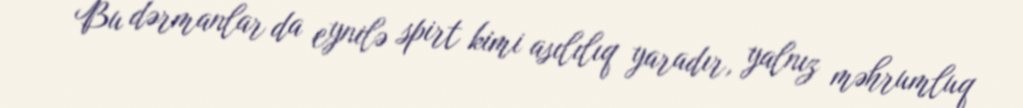
Bu dərmanlar da eynilə spirt kimi asılılıq yaradır, yalnız məhrumluq